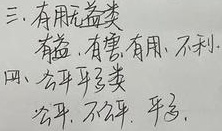
三、有用无益类：有益、有害、有用、不利
四、公平平类：公平、不公平、平等